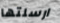
ارسلتها